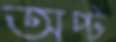
অপ্ট